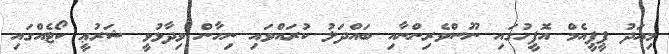
މިއަދު ޕީޕީއެމް އޮފީހުގައި ނޫސްވެރިންނާއި ބައްދަލު ކުރައްވައި ނިހާން ވިދާޅުވީ ޝަރުޢީ ކޯޓެއްގައި